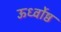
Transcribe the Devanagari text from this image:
ऊर्ध्वोष्ठ